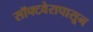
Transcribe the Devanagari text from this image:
सॉफ्टवेरापासून